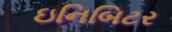
ઇનિબિટર